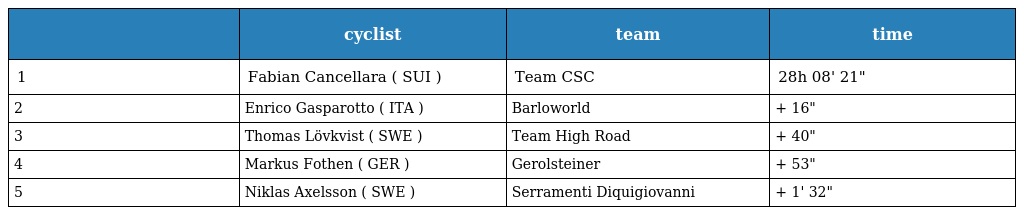
|  | cyclist | team | time |
 | --- | --- | --- | --- |
 | 1 | Fabian Cancellara ( SUI ) | Team CSC | 28h 08' 21" |
 | 2 | Enrico Gasparotto ( ITA ) | Barloworld | + 16" |
 | 3 | Thomas Lövkvist ( SWE ) | Team High Road | + 40" |
 | 4 | Markus Fothen ( GER ) | Gerolsteiner | + 53" |
 | 5 | Niklas Axelsson ( SWE ) | Serramenti Diquigiovanni | + 1' 32" |